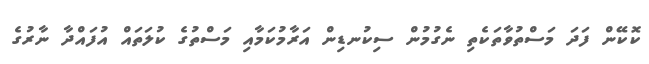
ކޮކޭން ފަދަ މަސްތުވާތަކެތި ނެގުމުން ސިކުނޑިން އަރާމުކަމާއި މަސްތުގެ ކުލަތައް އުފައްދާ ނާރުގެ